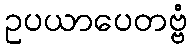
ဥပယာပေတဗ္ဗံ